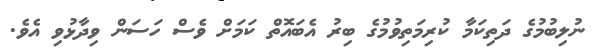
ނުލިބުމުގެ ދަތިކަމާ ކުރިމަތިވުމުގެ ބިރު އެބައޮތް ކަމަށް ވެސް ހަސަން ވިދާޅުވި އެވެ.